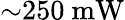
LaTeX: {\sim}250~\mathrm{mW}